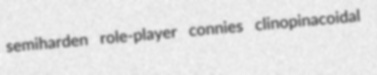
semiharden role-player connies clinopinacoidal